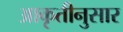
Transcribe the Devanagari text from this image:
आकृतीनुसार